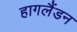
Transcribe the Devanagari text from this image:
हागलैंडन